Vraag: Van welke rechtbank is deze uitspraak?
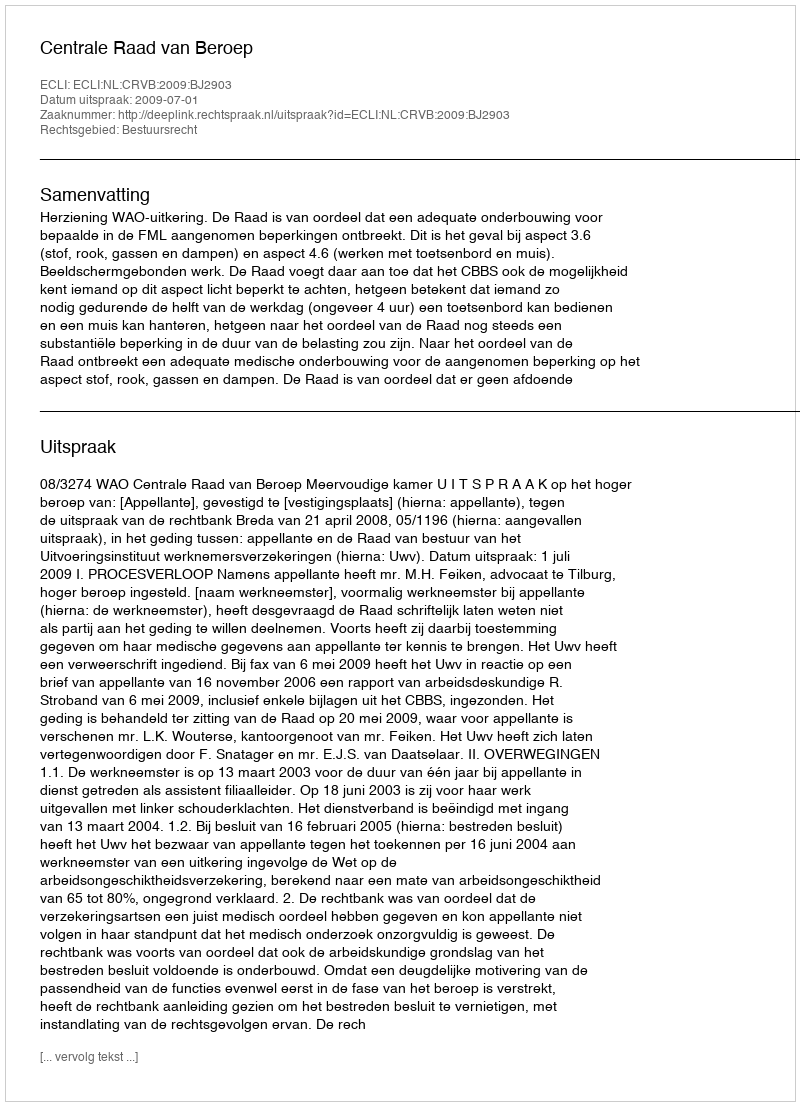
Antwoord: Centrale Raad van Beroep